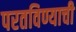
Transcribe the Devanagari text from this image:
परतविण्याची